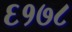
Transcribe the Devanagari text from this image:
६१७८